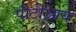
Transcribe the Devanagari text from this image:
पीटीआय